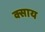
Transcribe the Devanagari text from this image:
क्साय